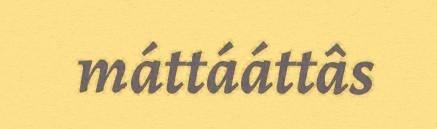
máttááttâs